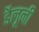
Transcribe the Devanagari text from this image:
डैलूनी